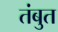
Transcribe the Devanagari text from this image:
तंबुत